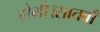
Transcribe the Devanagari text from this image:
होगी।सातवाँ